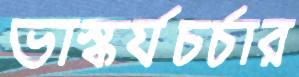
ভাস্কর্যচর্চার